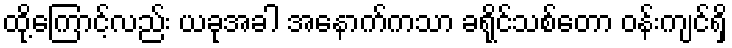
ထို့ကြောင့်လည်း ယခုအခါ အနောက်ကသာ ခရိုင်သစ်တော ဝန်းကျင်ရှိ